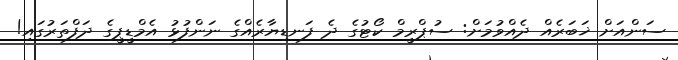
ސަންއަށް ޚަބަރެއް ދެއްވުމަށް: ސުޕްރީމް ކޯޓުގެ ދެ ފަނޑިޔާރެއްގެ ނަންފުޅު އެމްޑީޕީގެ ދަފްތަރުގައި!